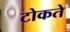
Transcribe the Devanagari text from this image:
टोकते